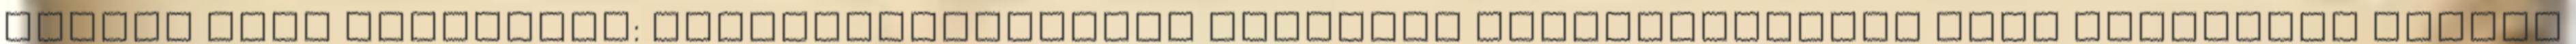
Assist Főbb feladatok: Vezetőtájékoztató rendszer fejlesztésében való részvétel MatLab